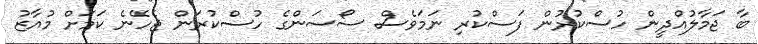
ބާ ޖަމާލުއްދީން ހުސްކުރުން ފަސްކުރި ނަމަވެސް ސޯސަންގެ ހުސްކުރަން ޖެހޭނެ ކަމަށް މުއާޒު